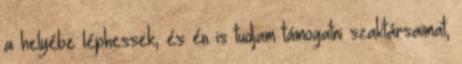
a helyébe léphessek, és én is tudjam támogatni szaktársaimat,